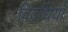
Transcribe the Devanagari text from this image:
विद्रधियाँ